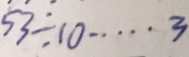
5 3 \div 1 0 \cdots 3